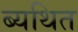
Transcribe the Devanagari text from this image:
ब्यथित